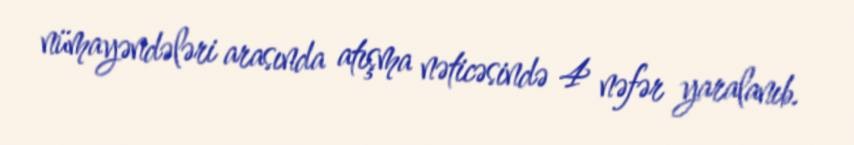
nümayəndələri arasında atışma nəticəsində 4 nəfər yaralanıb.